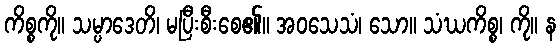
ကိစ္စကို။ သမ္ပာဒေတိ၊ မပြီးစီးစေ၏။ အဝသေသံ၊ သော။ သံဃကိစ္စ၊ ကို။ န